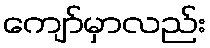
ကျော်မှာလည်း